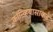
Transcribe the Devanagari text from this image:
कॉन्व्हियासाकडे